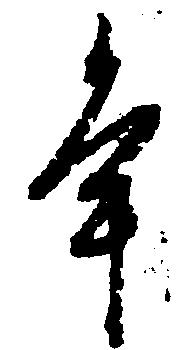
年